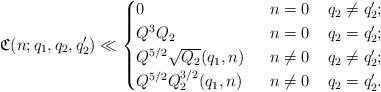
LaTeX: \begin{align*}\mathfrak{C}(n;q_1,q_2,q_2')\ll\begin{cases}0 &\;\;n=0\;\;\;\;q_2\neq q_2';\\Q^3Q_2 &\;\;n=0\;\;\;\;q_2=q_2';\\Q^{5/2}\sqrt{Q_2}(q_1,n) &\;\;n\neq 0\;\;\;\;q_2\neq q_2';\\Q^{5/2}Q_2^{3/2}(q_1,n) &\;\;n\neq 0\;\;\;\;q_2=q_2'.\end{cases}\end{align*}